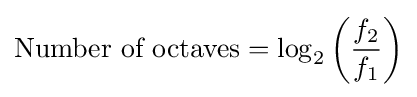
{\text{Number of octaves}}=\log _{2}\left({\frac {f_{2}}{f_{1}}}\right)